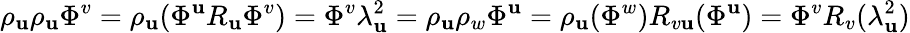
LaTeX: \rho_{\mathbf{u}}\rho_{\mathbf{u}}\Phi^{v}=\rho_{\mathbf{u}}(\Phi^{\mathbf{u}}R_{\mathbf{u}}\Phi^{v})=\Phi^{v}\lambda_{\mathbf{u}}^{2}=\rho_{\mathbf{u}}\rho_{w}\Phi^{\mathbf{u}}=\rho_{\mathbf{u}}(\Phi^{w})R_{v\mathbf{u}}(\Phi^{\mathbf{u}})=\Phi^{v}R_{v}(\lambda_{\mathbf{u}}^{2})